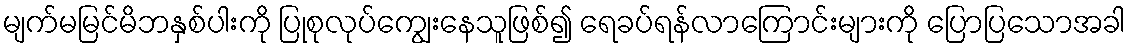
မျက်မမြင်မိဘနှစ်ပါးကို ပြုစုလုပ်ကျွေးနေသူဖြစ်၍ ရေခပ်ရန်လာကြောင်းများကို ပြောပြသောအခါ